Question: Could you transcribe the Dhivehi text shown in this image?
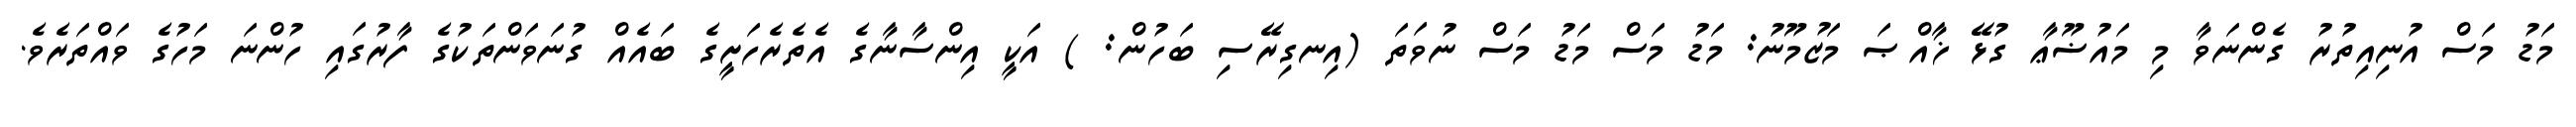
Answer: މަޑު މަސް އުނިއިތުރު ގެންނަވާ މި މައުޟޫޢާ ގުޅޭ ޚާއްޞަ މަޒުމޫނު: މަޑު މަސް މަޑު މަސް ނުވަތަ (އިނގިރޭސި ބަހުން: ) އަކީ އިންސާނާގެ އެތެރެހަށީގެ ބައެއް ގުނަވަންތަކުގެ ފާރުގައި ހުންނަ މަހުގެ ވައްތަރެވެ.